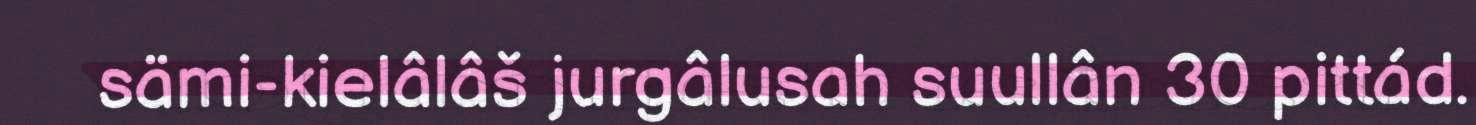
sämi-kielâlâš jurgâlusah suullân 30 pittád.